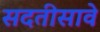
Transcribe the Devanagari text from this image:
सदतीसावे